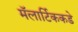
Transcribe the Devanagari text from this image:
मॅलार्टिककडे